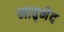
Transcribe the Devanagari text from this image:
मातृभेद